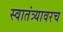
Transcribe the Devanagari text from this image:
स्वातंत्र्यावरच